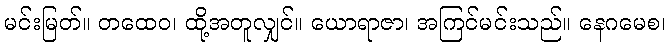
မင်းမြတ်။ တထေဝ၊ ထို့အတူလျှင်။ ယောရာဇာ၊ အကြင်မင်းသည်။ နေဂမေစ၊